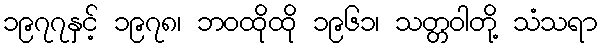
၁၉၇၇နှင့် ၁၉၇၈၊ ဘဝထိုထို ၁၉၆၁၊ သတ္တဝါတို့ သံသရာ